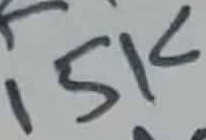
Text: 15K